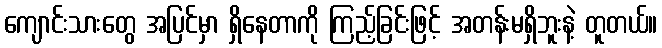
ကျောင်းသားတွေ အပြင်မှာ ရှိနေတာကို ကြည့်ခြင်းဖြင့် အတန်းမရှိဘူးနဲ့ တူတယ်။